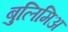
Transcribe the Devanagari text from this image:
बुलिमिअ